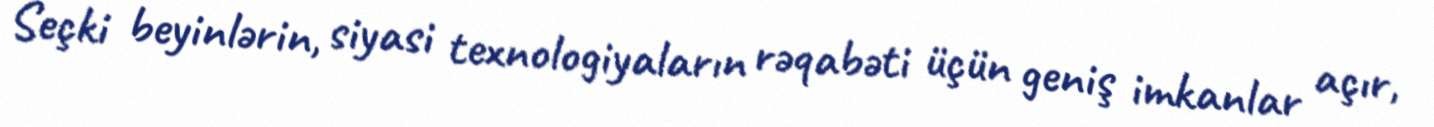
Seçki beyinlərin, siyasi texnologiyaların rəqabəti üçün geniş imkanlar açır,